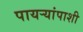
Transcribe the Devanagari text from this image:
पायऱ्यांपाशी